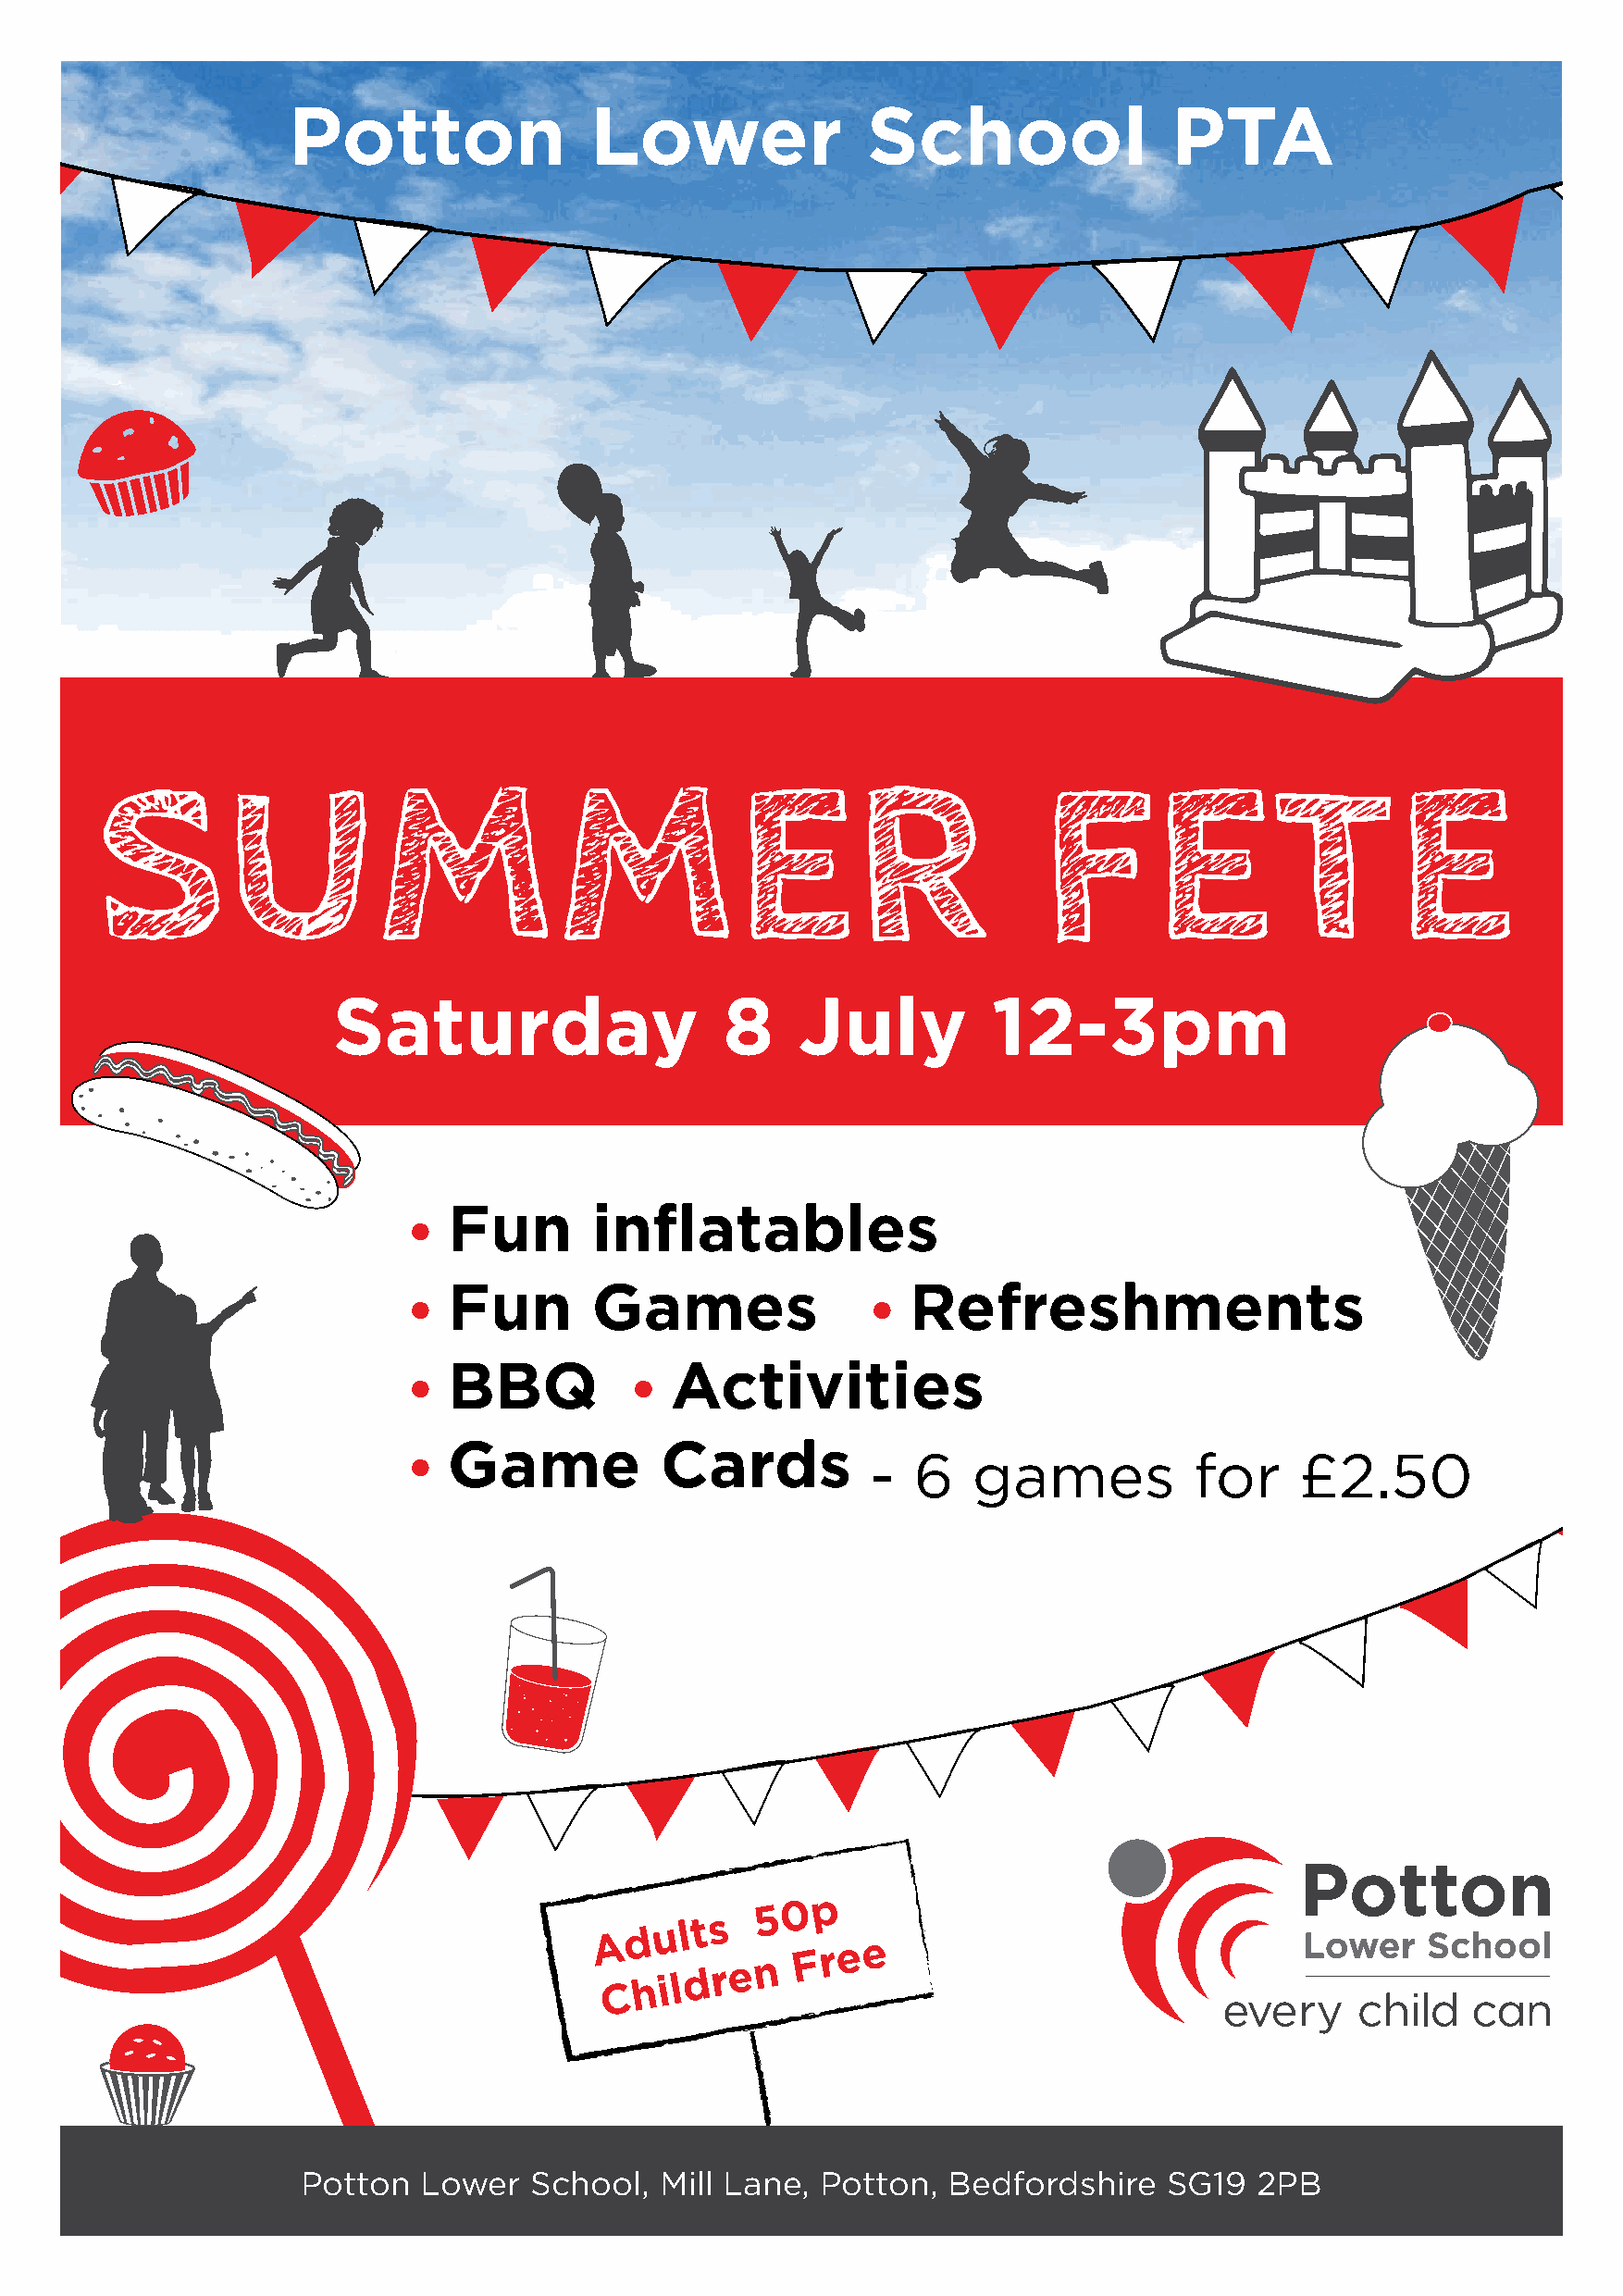
Potton               Lower               School                PTA
 SSSSUUUUMMMMMMMMEEEERRRR                                           FFFFEEEETTTTEEEE
 Saturday                    8    July          12-3pm
 Fun       inflatables
 Fun       Games                  Refreshments
 BBQ             Activities
 Game           Cards
 -  6    games          for     £2.50
 A Cd hu
 i
 ll dt s
 r e
 n5 0 Fp
 r e e
 Potton  Lower   School,  Mill Lane,  Potton,  Bedfordshire    SG19  2PB